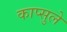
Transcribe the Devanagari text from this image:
काप्सुले